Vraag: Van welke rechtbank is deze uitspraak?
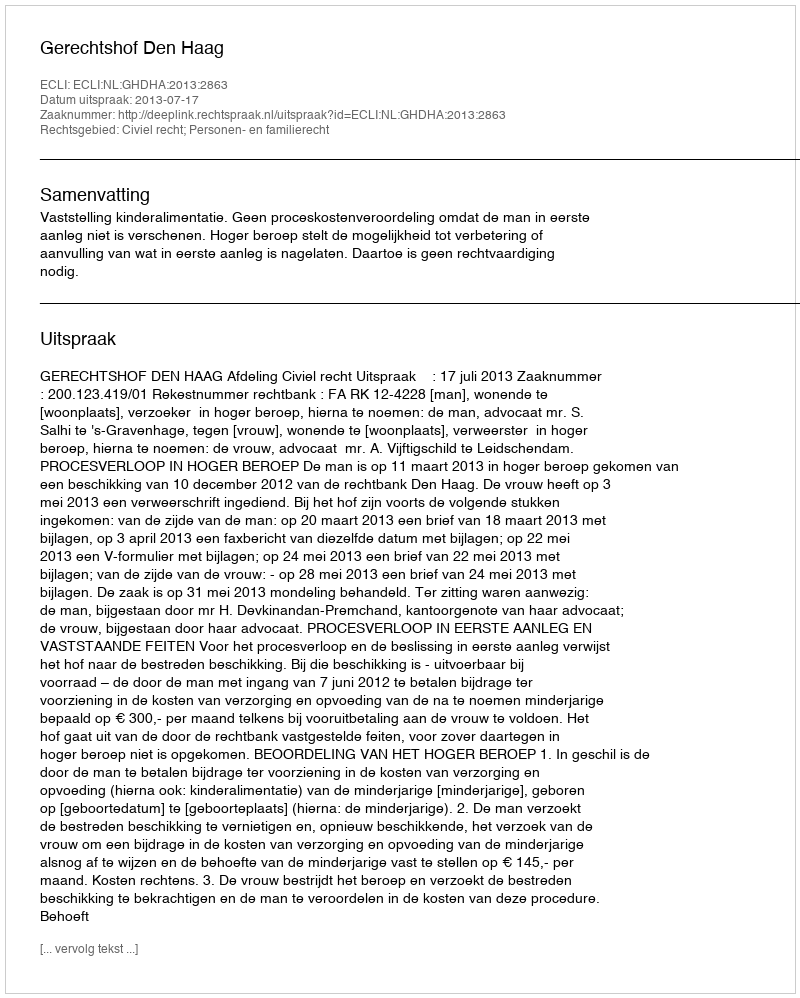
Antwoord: Gerechtshof Den Haag